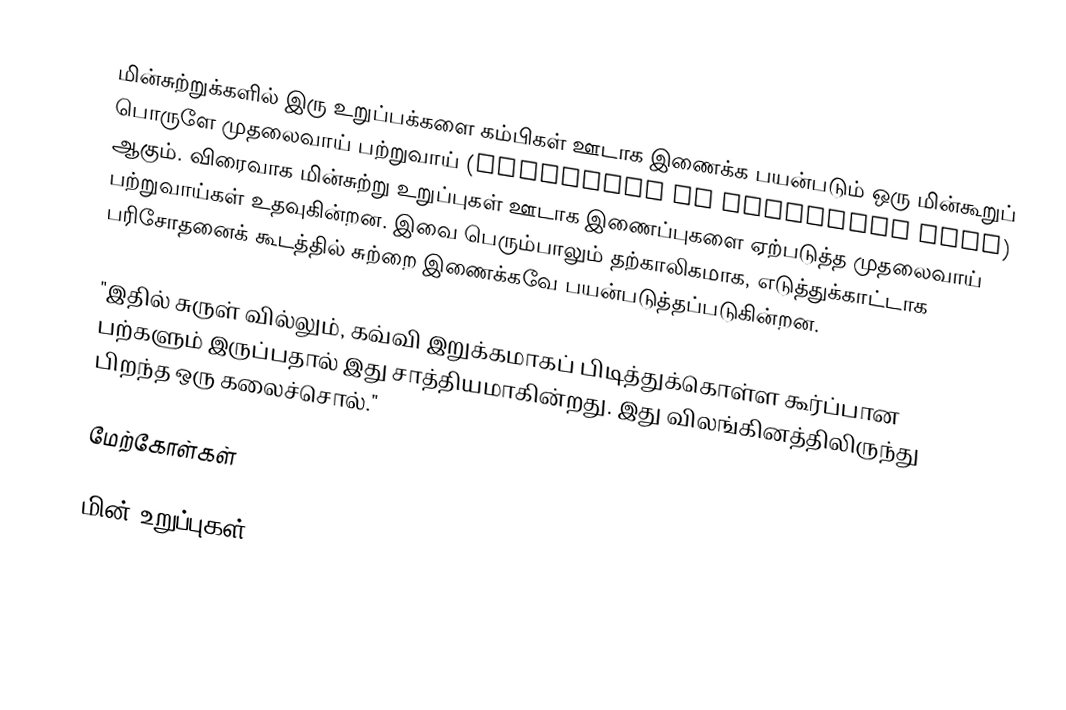
மின்சுற்றுக்களில் இரு உறுப்பக்களை கம்பிகள் ஊடாக இணைக்க பயன்படும் ஒரு மின்கூறுப் பொருளே முதலைவாய் பற்றுவாய் (alligator or crocodile clip)  ஆகும்.  விரைவாக மின்சுற்று உறுப்புகள் ஊடாக இணைப்புகளை ஏற்படுத்த முதலைவாய் பற்றுவாய்கள் உதவுகின்றன.  இவை பெரும்பாலும் தற்காலிகமாக, எடுத்துக்காட்டாக பரிசோதனைக் கூடத்தில் சுற்றை இணைக்கவே பயன்படுத்தப்படுகின்றன.

"இதில் சுருள் வில்லும், கவ்வி இறுக்கமாகப் பிடித்துக்கொள்ள கூர்ப்பான பற்களும் இருப்பதால் இது சாத்தியமாகின்றது. இது விலங்கினத்திலிருந்து பிறந்த ஒரு கலைச்சொல்."

மேற்கோள்கள்

மின் உறுப்புகள்